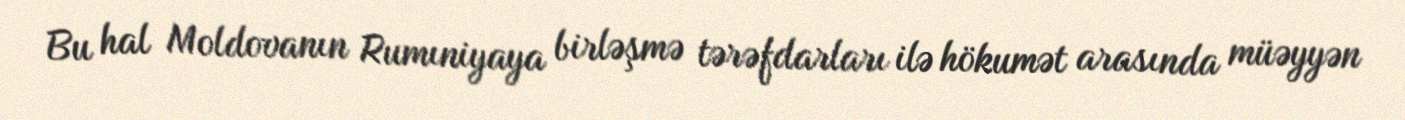
Bu hal Moldovanın Rumıniyaya birləşmə tərəfdarları ilə hökumət arasında müəyyən